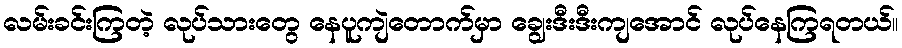
လမ်းခင်းကြတဲ့ လုပ်သားတွေ နေပူကျဲတောက်မှာ ချွေးဒီးဒီးကျအောင် လုပ်နေကြရတယ်။